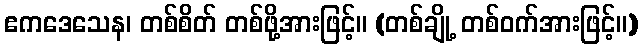
ဧကဒေသေန၊ တစ်စိတ် တစ်ဖို့အားဖြင့်။ (တစ်ချို့ တစ်ဝက်အားဖြင့်။)